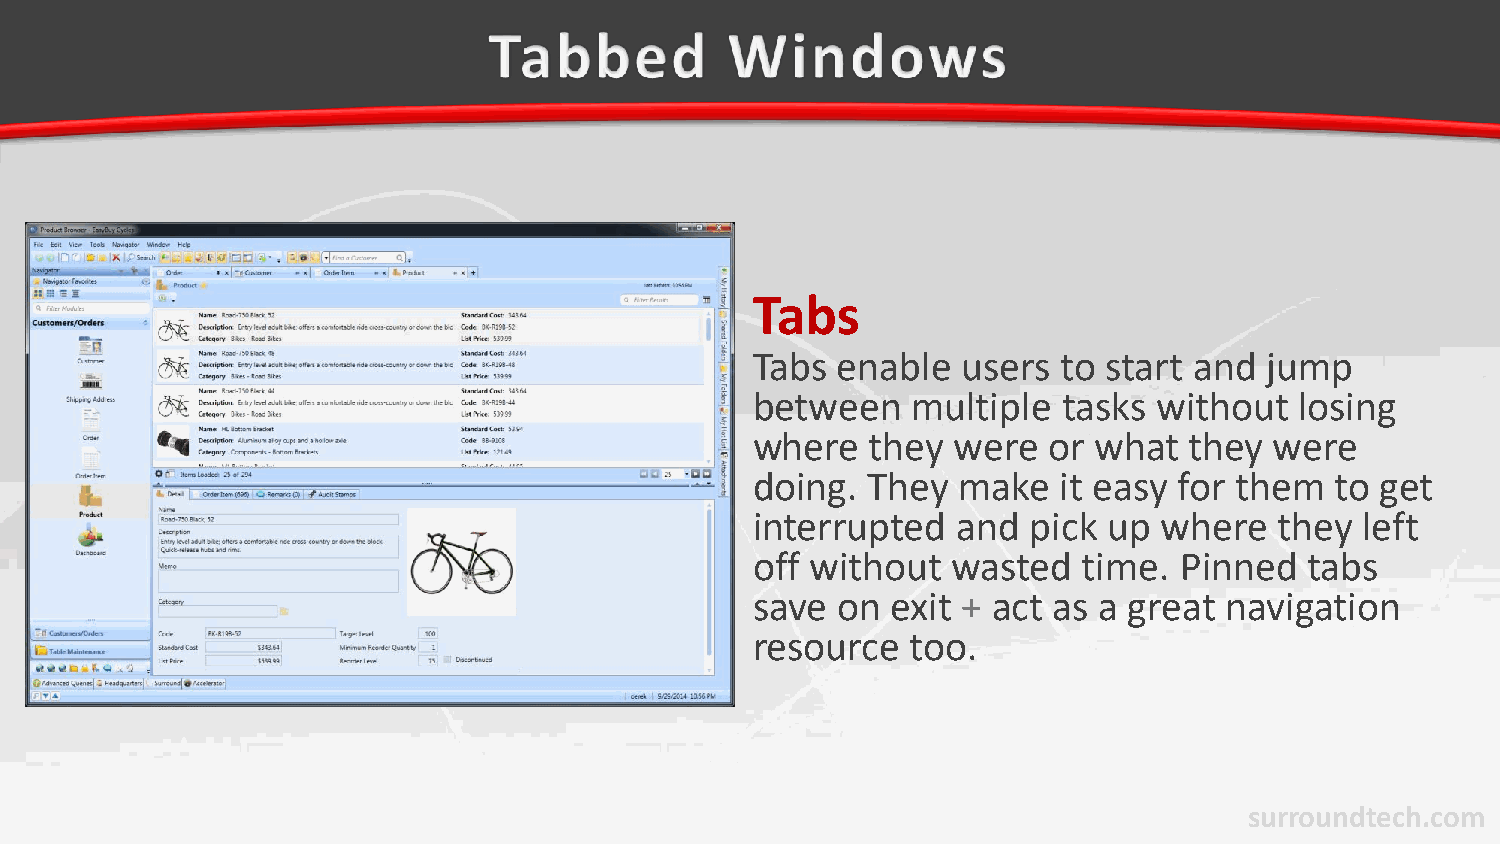
Tabs
 Tabs enable   users to start and  jump
 between   multiple  tasks  without  losing
 where   they were  or what   they were
 doing. They  make   it easy for them  to get
 interrupted  and  pick up  where   they left
 off without  wasted   time. Pinned   tabs
 save on  exit + act as a great navigation
 resource  too.
 surroundtech.com